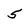
Character: 5